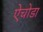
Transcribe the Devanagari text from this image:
ऐचोडा